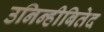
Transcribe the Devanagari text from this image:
उनिन्हीबितेद